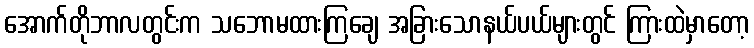
အောက်တိုဘာလတွင်းက သဘောမထားကြချေ အခြားသောနယ်ပယ်များတွင် ကြားထဲမှာတော့